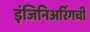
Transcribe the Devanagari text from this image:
इंजिनिअरिंगची